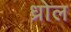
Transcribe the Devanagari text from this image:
ध्रोल